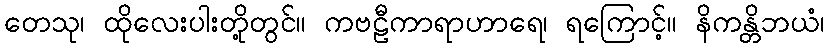
တေသု၊ ထိုလေးပါးတို့တွင်။ ကဗဠီကာရာဟာရေ၊ ရကြောင့်။ နိကန္တိဘယံ၊